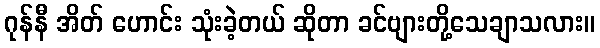
ဂုန်နီ အိတ် ဟောင်း သုံးခဲ့တယ် ဆိုတာ ခင်ဗျားတို့သေချာသလား။